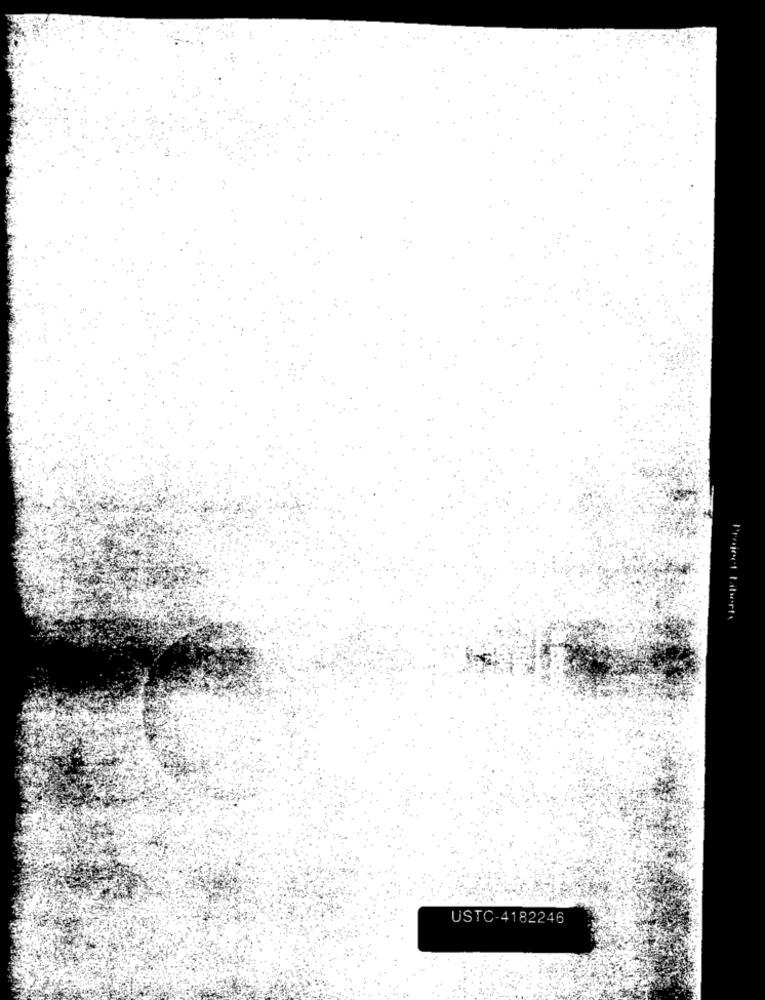
USTC-4182246